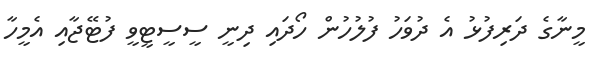
މީނާގެ ދަރިފުޅު އެ ދުވަހު ފުލުހުން ހޯދައި ދިނީ ސީސީޓީވީ ފުޓޭޖާއި އެމީހާ